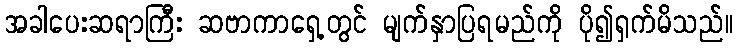
အခါပေးဆရာကြီး ဆဗာကာရှေ့တွင် မျက်နှာပြရမည်ကို ပို၍ရှက်မိသည်။